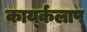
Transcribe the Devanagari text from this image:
कार्य्कलाप